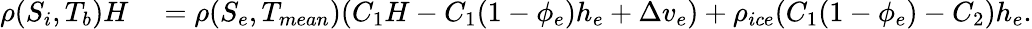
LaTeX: \begin{array}{rl}{\rho(S_{i},T_{b})H}&{{}=\rho(S_{e},T_{mean})(C_{1}H-C_{1}(1-\phi_{e})h_{e}+\Delta v_{e})+\rho_{ice}(C_{1}(1-\phi_{e})-C_{2})h_{e}.}\end{array}